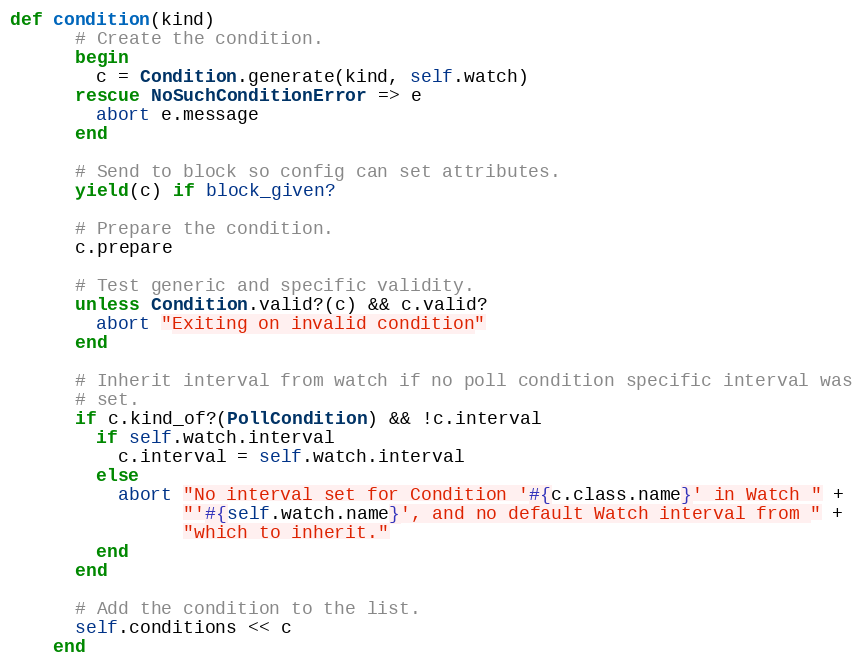
Language: Ruby
def condition(kind)
      # Create the condition.
      begin
        c = Condition.generate(kind, self.watch)
      rescue NoSuchConditionError => e
        abort e.message
      end

      # Send to block so config can set attributes.
      yield(c) if block_given?

      # Prepare the condition.
      c.prepare

      # Test generic and specific validity.
      unless Condition.valid?(c) && c.valid?
        abort "Exiting on invalid condition"
      end

      # Inherit interval from watch if no poll condition specific interval was
      # set.
      if c.kind_of?(PollCondition) && !c.interval
        if self.watch.interval
          c.interval = self.watch.interval
        else
          abort "No interval set for Condition '#{c.class.name}' in Watch " +
                "'#{self.watch.name}', and no default Watch interval from " +
                "which to inherit."
        end
      end

      # Add the condition to the list.
      self.conditions << c
    end